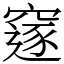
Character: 䆳